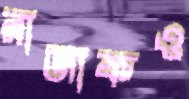
রাজাকও